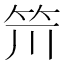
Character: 𥬂